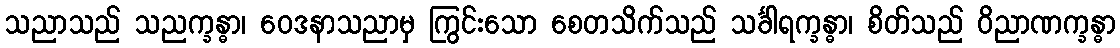
သညာသည် သညက္ခန္ဓာ၊ ဝေဒနာသညာမှ ကြွင်းသော စေတသိက်သည် သင်္ခါရက္ခန္ဓာ၊ စိတ်သည် ဝိညာဏက္ခန္ဓာ